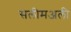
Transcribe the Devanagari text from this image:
सलीमअली